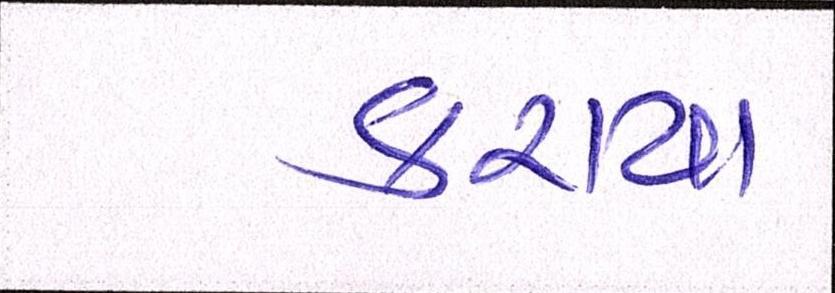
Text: કરાયા